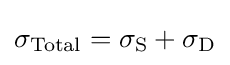
\sigma _{\text{Total}}=\sigma _{\rm {S}}+\sigma _{\rm {D}}